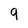
Character: 9